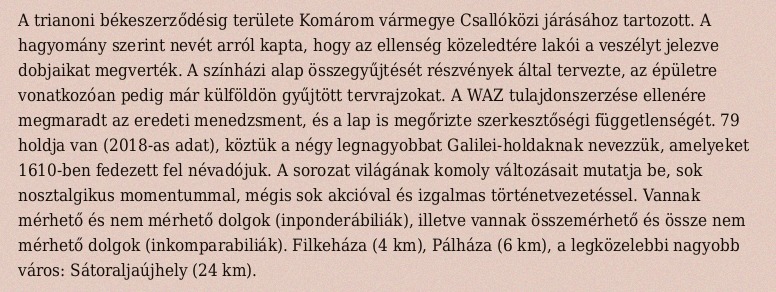
A trianoni békeszerződésig területe Komárom vármegye Csallóközi járásához tartozott. A hagyomány szerint nevét arról kapta, hogy az ellenség közeledtére lakói a veszélyt jelezve dobjaikat megverték. A színházi alap összegyűjtését részvények által tervezte, az épületre vonatkozóan pedig már külföldön gyűjtött tervrajzokat. A WAZ tulajdonszerzése ellenére megmaradt az eredeti menedzsment, és a lap is megőrizte szerkesztőségi függetlenségét. 79 holdja van (2018-as adat), köztük a négy legnagyobbat Galilei-holdaknak nevezzük, amelyeket 1610-ben fedezett fel névadójuk. A sorozat világának komoly változásait mutatja be, sok nosztalgikus momentummal, mégis sok akcióval és izgalmas történetvezetéssel. Vannak mérhető és nem mérhető dolgok (inponderábiliák), illetve vannak összemérhető és össze nem mérhető dolgok (inkomparabiliák). Filkeháza (4 km), Pálháza (6 km), a legközelebbi nagyobb város: Sátoraljaújhely (24 km).